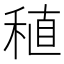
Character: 稙